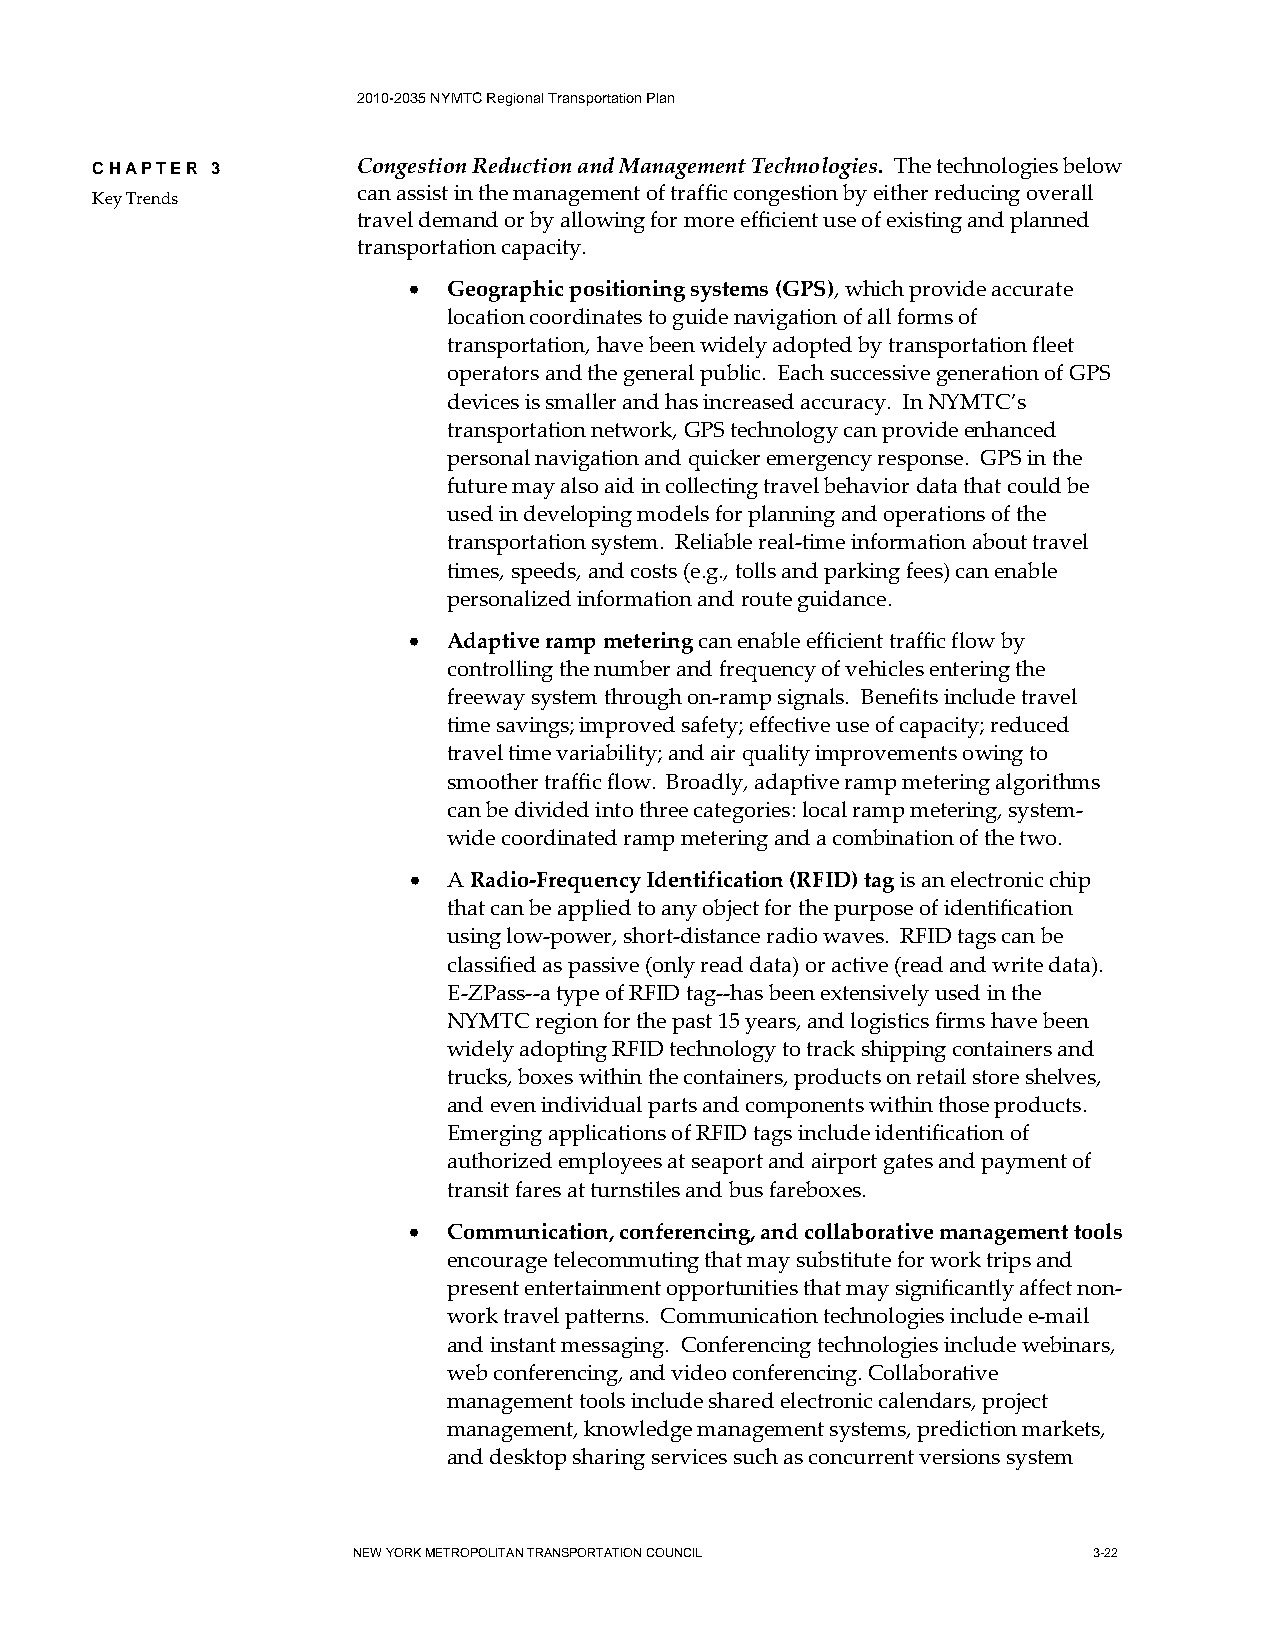
2010-2035 NYMTC Regional Transportation Plan
 CHAPTER 3         Congestion Reduction and Management Technologies. The technologies below
 can assist in the management of traffic congestion by either reducing overall
 Key Trends
 travel demand or by allowing for more efficient use of existing and planned
 transportation capacity.
 •  Geographic positioning systems (GPS), which provide accurate
 location coordinates to guide navigation of all forms of
 transportation, have been widely adopted by transportation fleet
 operators and the general public. Each successive generation of GPS
 devices is smaller and has increased accuracy. In NYMTC’s
 transportation network, GPS technology can provide enhanced
 personal navigation and quicker emergency response. GPS in the
 future may also aid in collecting travel behavior data that could be
 used in developing models for planning and operations of the
 transportation system. Reliable real-time information about travel
 times, speeds, and costs (e.g., tolls and parking fees) can enable
 personalized information and route guidance.
 •  Adaptive ramp metering can enable efficient traffic flow by
 controlling the number and frequency of vehicles entering the
 freeway system through on-ramp signals. Benefits include travel
 time savings; improved safety; effective use of capacity; reduced
 travel time variability; and air quality improvements owing to
 smoother traffic flow. Broadly, adaptive ramp metering algorithms
 can be divided into three categories: local ramp metering, system-
 wide coordinated ramp metering and a combination of the two.
 •  A Radio-Frequency Identification (RFID) tag is an electronic chip
 that can be applied to any object for the purpose of identification
 using low-power, short-distance radio waves. RFID tags can be
 classified as passive (only read data) or active (read and write data).
 E-ZPass--a type of RFID tag--has been extensively used in the
 NYMTC region for the past 15 years, and logistics firms have been
 widely adopting RFID technology to track shipping containers and
 trucks, boxes within the containers, products on retail store shelves,
 and even individual parts and components within those products.
 Emerging applications of RFID tags include identification of
 authorized employees at seaport and airport gates and payment of
 transit fares at turnstiles and bus fareboxes.
 •  Communication, conferencing, and collaborative management tools
 encourage telecommuting that may substitute for work trips and
 present entertainment opportunities that may significantly affect non-
 work travel patterns. Communication technologies include e-mail
 and instant messaging. Conferencing technologies include webinars,
 web conferencing, and video conferencing. Collaborative
 management tools include shared electronic calendars, project
 management, knowledge management systems, prediction markets,
 and desktop sharing services such as concurrent versions system
 NEW YORK METROPOLITAN TRANSPORTATION COUNCIL     3-22